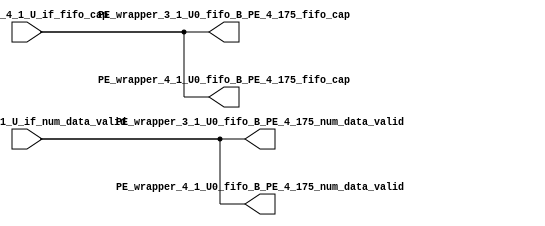
// ==================================================
// RTL generated by RapidStream
//
// Copyright 2024 RapidStream Design Automation, Inc.
// All Rights Reserved.
// ==================================================
`timescale 1 ns / 1 ps
module __rs_kernel3_aux_split_aux_123 #(
    parameter C_S_AXI_CONTROL_DATA_WIDTH  = 32,
    parameter C_S_AXI_CONTROL_ADDR_WIDTH  = 6,
    parameter C_S_AXI_DATA_WIDTH          = 32,
    parameter C_M_AXI_GMEM_A_ID_WIDTH     = 1,
    parameter C_M_AXI_GMEM_A_ADDR_WIDTH   = 64,
    parameter C_M_AXI_GMEM_A_DATA_WIDTH   = 512,
    parameter C_M_AXI_GMEM_A_AWUSER_WIDTH = 1,
    parameter C_M_AXI_GMEM_A_ARUSER_WIDTH = 1,
    parameter C_M_AXI_GMEM_A_WUSER_WIDTH  = 1,
    parameter C_M_AXI_GMEM_A_RUSER_WIDTH  = 1,
    parameter C_M_AXI_GMEM_A_BUSER_WIDTH  = 1,
    parameter C_M_AXI_GMEM_A_USER_VALUE   = 0,
    parameter C_M_AXI_GMEM_A_PROT_VALUE   = 0,
    parameter C_M_AXI_GMEM_A_CACHE_VALUE  = 3,
    parameter C_M_AXI_DATA_WIDTH          = 32,
    parameter C_M_AXI_GMEM_B_ID_WIDTH     = 1,
    parameter C_M_AXI_GMEM_B_ADDR_WIDTH   = 64,
    parameter C_M_AXI_GMEM_B_DATA_WIDTH   = 512,
    parameter C_M_AXI_GMEM_B_AWUSER_WIDTH = 1,
    parameter C_M_AXI_GMEM_B_ARUSER_WIDTH = 1,
    parameter C_M_AXI_GMEM_B_WUSER_WIDTH  = 1,
    parameter C_M_AXI_GMEM_B_RUSER_WIDTH  = 1,
    parameter C_M_AXI_GMEM_B_BUSER_WIDTH  = 1,
    parameter C_M_AXI_GMEM_B_USER_VALUE   = 0,
    parameter C_M_AXI_GMEM_B_PROT_VALUE   = 0,
    parameter C_M_AXI_GMEM_B_CACHE_VALUE  = 3,
    parameter C_M_AXI_GMEM_C_ID_WIDTH     = 1,
    parameter C_M_AXI_GMEM_C_ADDR_WIDTH   = 64,
    parameter C_M_AXI_GMEM_C_DATA_WIDTH   = 512,
    parameter C_M_AXI_GMEM_C_AWUSER_WIDTH = 1,
    parameter C_M_AXI_GMEM_C_ARUSER_WIDTH = 1,
    parameter C_M_AXI_GMEM_C_WUSER_WIDTH  = 1,
    parameter C_M_AXI_GMEM_C_RUSER_WIDTH  = 1,
    parameter C_M_AXI_GMEM_C_BUSER_WIDTH  = 1,
    parameter C_M_AXI_GMEM_C_USER_VALUE   = 0,
    parameter C_M_AXI_GMEM_C_PROT_VALUE   = 0,
    parameter C_M_AXI_GMEM_C_CACHE_VALUE  = 3,
    parameter C_S_AXI_CONTROL_WSTRB_WIDTH = 4,
    parameter C_S_AXI_WSTRB_WIDTH         = 4,
    parameter C_M_AXI_GMEM_A_WSTRB_WIDTH  = 64,
    parameter C_M_AXI_WSTRB_WIDTH         = 4,
    parameter C_M_AXI_GMEM_B_WSTRB_WIDTH  = 64,
    parameter C_M_AXI_GMEM_C_WSTRB_WIDTH  = 64
) (
    output wire [1:0] PE_wrapper_3_1_U0_fifo_B_PE_4_175_fifo_cap,
    output wire [1:0] PE_wrapper_3_1_U0_fifo_B_PE_4_175_num_data_valid,
    output wire [1:0] PE_wrapper_4_1_U0_fifo_B_PE_4_175_fifo_cap,
    output wire [1:0] PE_wrapper_4_1_U0_fifo_B_PE_4_175_num_data_valid,
    input wire  [1:0] fifo_B_PE_4_1_U_if_fifo_cap,
    input wire  [1:0] fifo_B_PE_4_1_U_if_num_data_valid
);
assign PE_wrapper_3_1_U0_fifo_B_PE_4_175_fifo_cap = fifo_B_PE_4_1_U_if_fifo_cap;
assign PE_wrapper_3_1_U0_fifo_B_PE_4_175_num_data_valid = fifo_B_PE_4_1_U_if_num_data_valid;
assign PE_wrapper_4_1_U0_fifo_B_PE_4_175_fifo_cap = fifo_B_PE_4_1_U_if_fifo_cap;
assign PE_wrapper_4_1_U0_fifo_B_PE_4_175_num_data_valid = fifo_B_PE_4_1_U_if_num_data_valid;
endmodule